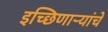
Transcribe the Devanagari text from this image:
इच्छिणाऱ्यांचे